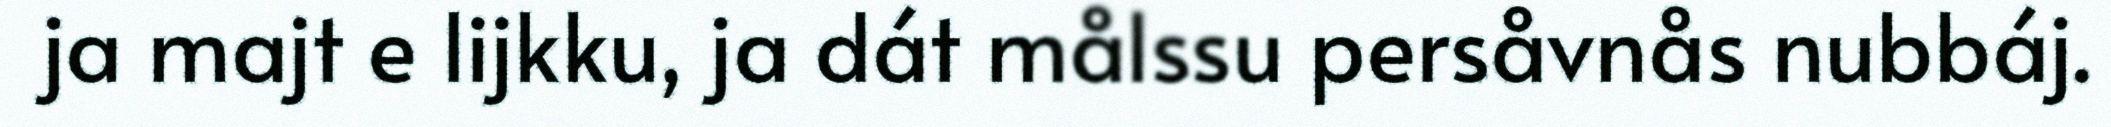
ja majt e lijkku, ja dát målssu persåvnås nubbáj.